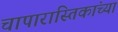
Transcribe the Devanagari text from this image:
चापारास्तिकांच्या